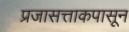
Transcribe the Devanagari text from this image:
प्रजासत्ताकपासून